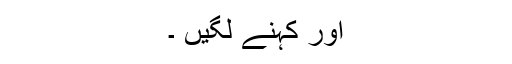
اور کہنے لگیں ۔